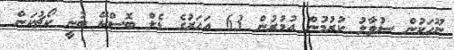
ނޫހަކުން ސުވާލު ކުރުމުން އުމުރުން 63 އަހަރުގެ ޑެލް ބޮސްކޭ ބުނީ ކޯޗުކަން